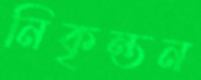
নিকৃন্তন